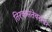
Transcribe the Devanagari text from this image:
तिरकसतेबरोबर